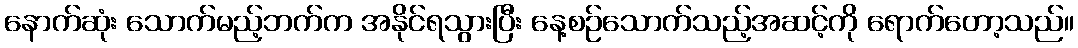
နောက်ဆုံး သောက်မည့်ဘက်က အနိုင်ရသွားပြီး နေ့စဉ်သောက်သည့်အဆင့်ကို ရောက်တော့သည်။